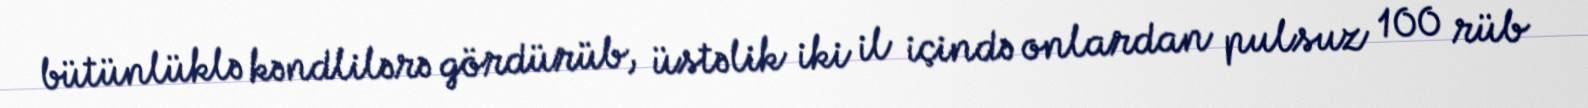
bütünlüklə kəndlilərə gördürüb, üstəlik iki il içində onlardan pulsuz 100 rüb